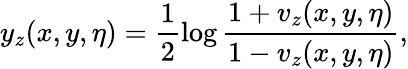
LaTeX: y_{z}(x,y,\eta)=\frac{1}{2}\log\frac{1+v_{z}(x,y,\eta)}{1-v_{z}(x,y,\eta)},